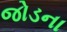
જોડના